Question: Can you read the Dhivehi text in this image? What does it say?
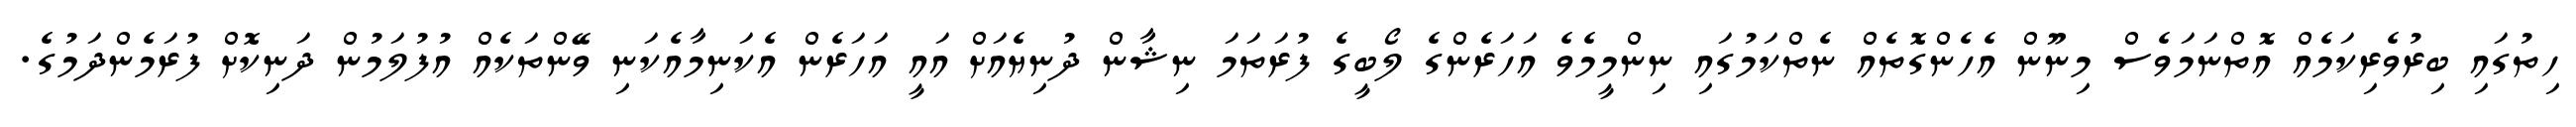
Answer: ހިތުގައި ބިރުވެރިކަމެއް އޮތްނަމަވެސް މިނޫން އެހެންގޮތެއް ނެތްކަމުގައި ނިންމީމެވެ އަހަރެންގެ ލޯބީގެ ފުރަތަމަ ނިޝާން ދުނިޔެއަށް އައީ އަހަރެން އެކަނިމާއެކަނި ވޭންތަކެއް އުފުލަމުން ދަނިކޮށް ފުރަމެންދަމުގެ.